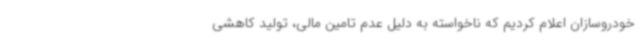
خودروسازان اعلام کردیم که ناخواسته به دلیل عدم تامین مالی، تولید کاهشی